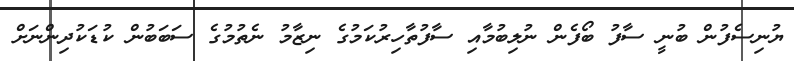
ޔުނިސެފުން ބުނީ ސާފު ބޯފެން ނުލިބުމާއި ސާފުތާހިރުކަމުގެ ނިޒާމު ނެތުމުގެ ސަބަބުން ކުޑަކުދިންނަށް